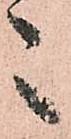
々